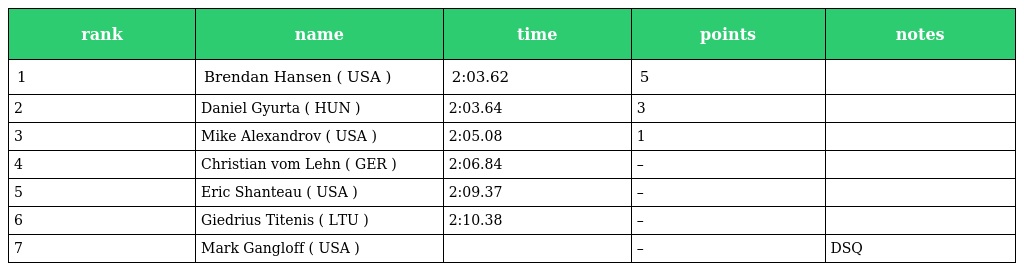
| rank | name | time | points | notes |
 | --- | --- | --- | --- | --- |
 | 1 | Brendan Hansen ( USA ) | 2:03.62 | 5 |  |
 | 2 | Daniel Gyurta ( HUN ) | 2:03.64 | 3 |  |
 | 3 | Mike Alexandrov ( USA ) | 2:05.08 | 1 |  |
 | 4 | Christian vom Lehn ( GER ) | 2:06.84 | – |  |
 | 5 | Eric Shanteau ( USA ) | 2:09.37 | – |  |
 | 6 | Giedrius Titenis ( LTU ) | 2:10.38 | – |  |
 | 7 | Mark Gangloff ( USA ) |  | – | DSQ |